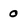
Character: 0